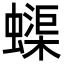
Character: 蟝